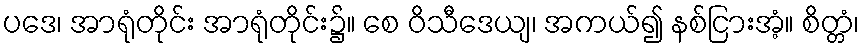
ပဒေ၊ အာရုံတိုင်း အာရုံတိုင်း၌။ စေ ဝိသီဒေယျ၊ အကယ်၍ နစ်ငြားအံ့။ စိတ္တံ၊